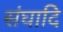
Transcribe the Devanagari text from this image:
संघादि